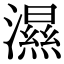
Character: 濕